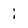
Character: i